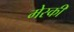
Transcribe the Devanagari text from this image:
मेस्की